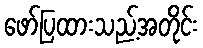
ဖော်ပြထားသည့်အတိုင်း